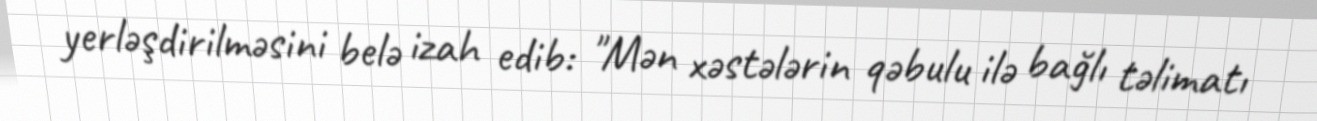
yerləşdirilməsini belə izah edib: "Mən xəstələrin qəbulu ilə bağlı təlimatı